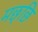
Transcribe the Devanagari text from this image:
मछ्छि